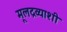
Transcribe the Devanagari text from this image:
मूलद्रव्याशी